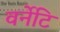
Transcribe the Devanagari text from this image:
वर्नेटि